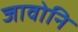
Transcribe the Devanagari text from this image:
जावोनि